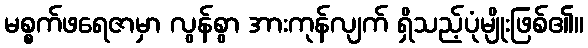
မစ္စက်ဖရေဇာမှာ လွန်စွာ အားကုန်လျက် ရှိသည့်ပုံမျိုးဖြစ်၏။